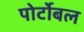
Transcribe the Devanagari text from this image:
पोर्टोबल